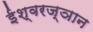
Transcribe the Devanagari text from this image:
ईश्वरज्ञान